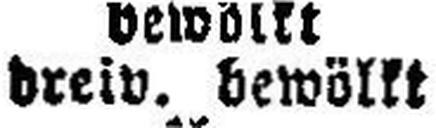
dreiv. bewöllt